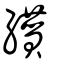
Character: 纉